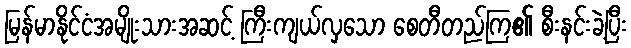
မြန်မာနိုင်ငံအမျိုးသားအဆင့် ကြီးကျယ်လှသော စေတီတည်ကြ၏ စီးနင်းခဲ့ပြီး